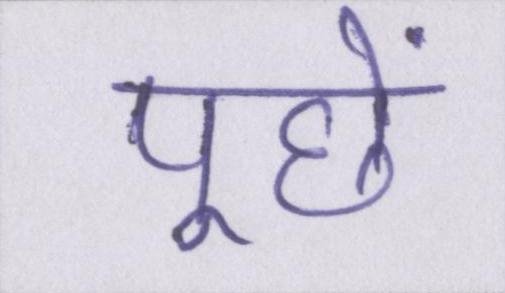
पूछें